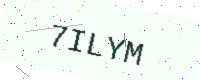
Text: 7ILYM